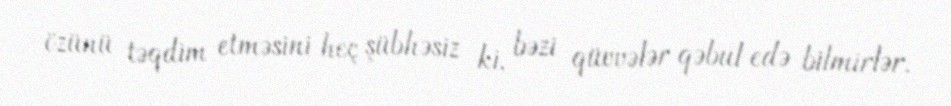
özünü təqdim etməsini heç şübhəsiz ki, bəzi qüvvələr qəbul edə bilmirlər.